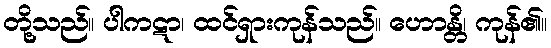
တို့သည်။ ပါကဋာ၊ ထင်ရှားကုန်သည်။ ဟောန္တိ၊ ကုန်၏။